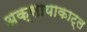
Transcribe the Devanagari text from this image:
अक्सायाकाट्ल